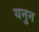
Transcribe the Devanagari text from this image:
यनुन